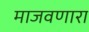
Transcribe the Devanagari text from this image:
माजवणारा